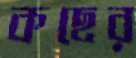
কছের